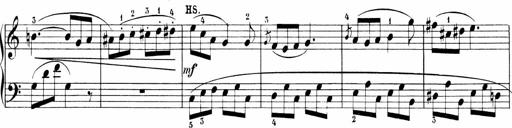
Title: 6 Sonatinas
Composer: Carl Reinecke